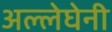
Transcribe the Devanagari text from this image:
अल्लेघेनी